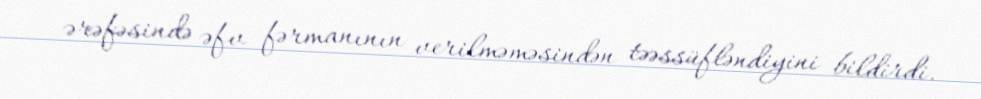
ərəfəsində əfv fərmanının verilməməsindən təəssüfləndiyini bildirdi.